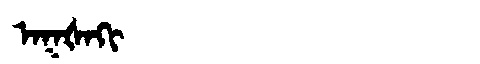
Manchu: ᠠᡴᡧᠠᡴᡳ
Romanization: AKŠAKI